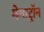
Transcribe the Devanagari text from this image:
मेगाट्रॉन